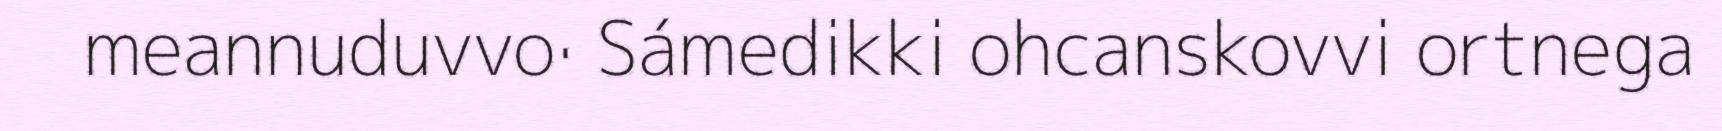
meannuduvvo· Sámedikki ohcanskovvi ortnega